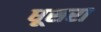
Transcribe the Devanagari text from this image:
धूसरा